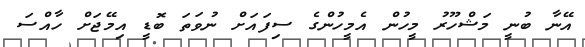
އޭނާ ބުނީ މަޝްހޫރު މީހުން އެމީހުންގެ ސިފައަށް ނުވަތަ ބޮޑީ އިމޭޖަށް ހާއްސަ